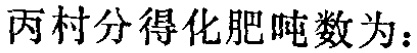
丙村分得化肥吨数为：